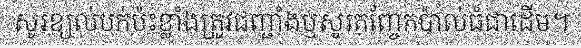
សូរខ្យល់បក់ប៉ះខ្លាំងត្រូវជញ្ជាំងឬសូរកញ្ចែកប៉ាល់ធំជាដើម។